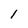
Character: 1